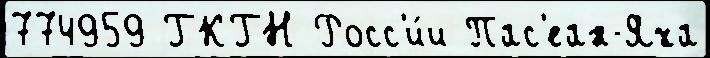
774959 ГКГН Росс'и́и Пас'еан-Яха